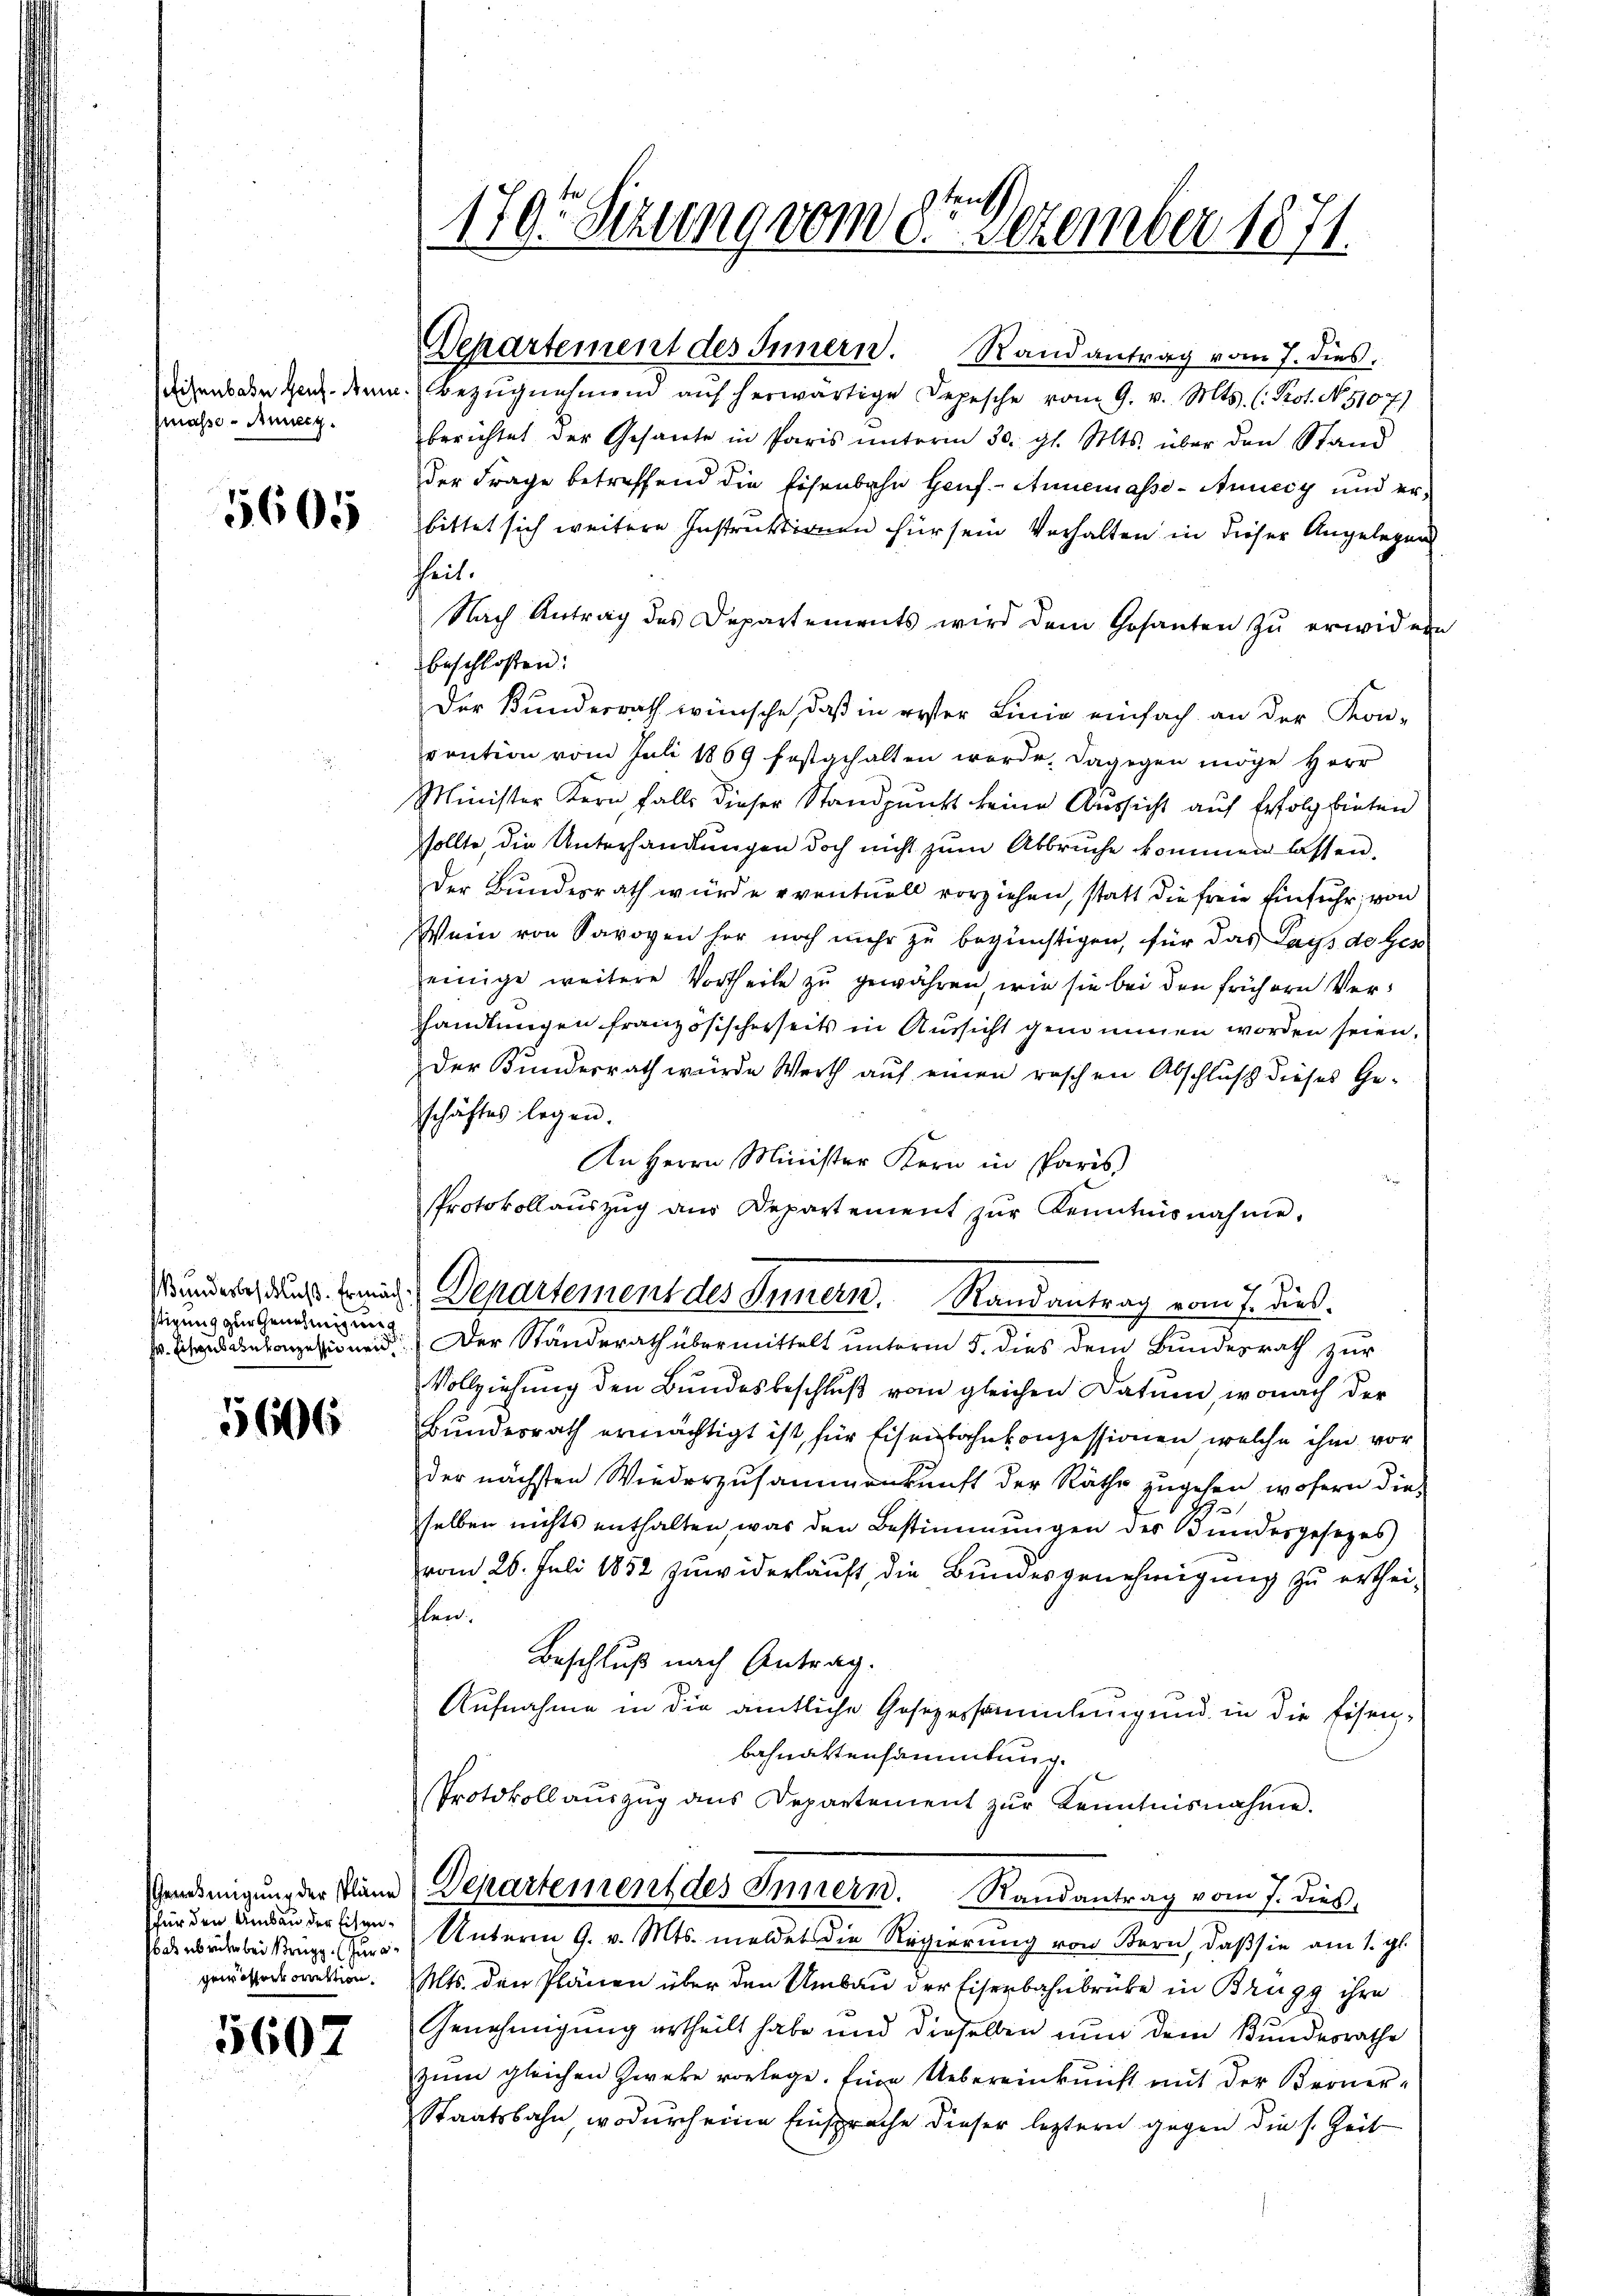
sfisenbahn heut. Arne
(masse - Anneig

5605

Bundesbeschluß. Ermächstigung zur Genehmigung
sr. Eisenbahnkonzessionen

5606

für den Umbau der Eisenbas abrüher bei Krugg. Zuragewählenkorrektion.

5607

170. Sezung vom 8ten Dezember 1871.

Departement des Innern. Randantrag vom 7. dies.

Bezŭgnehmend aŭf herwärtige Depesche vom 9. v. Mts. (Pot. No. 51077)
berichtet der Gesante in Paris unterm 30. gl. Mts. über den Stand
der Frage betreffend die Eisenbahr Genf. - Annemasse - Annedy und erbittet sich weitere Instruktionen für sein Verhalten in dieser Angelegeng
heit.
Nach Antrag des Departements wird dem Gesanten zŭ erwidern
beschloßen:
Der Bundesrath wünsche, daß in erster Linie einfach an der Kon-
vention vom Juli 1869 festgehalten werde, dagegen möge Herr
Minister Kern falls dieser Standpunkt keine Aussicht auf Erfolg bieten
sollte, die Unterhandlungen doch nicht zum Abbruche kommen lassen.
Der Bundesrath würde eventuell vorziehen, statt die freie Einfuhr, von
Wein von Savoyen her noch mehr zu begünstigen, für das Lays de Ges
einige weitere Vortheile zu gewähren, wie sie bei den frühern Verhandlungen französischerseits in Aussicht genommen worden seien.
der Bundesrath würde Werth auf einen raschen Abschluß dieses Ge-
schäftes legen.
An Herrn Minister Kern in Paris
Protokollaŭszŭg ans Departement zŭr Kenntnisnahme,
Departement des Innern. Randantrag vom 7. dieß.
Der Standerath übermittelt unterm 5. dies dem Bundesrath zur
Vollziehung den Bundesbeschlŭβ vom gleichen Datum, wonach der
Bundesrath ermächtigt ist, für Eisenbahnkonzessionen, welche ihm vor
der nächsten Wiederzusammenkunft der Räthe zugehen, wofern die
selben nichts enthalten, was den Bestimmungen des Bundesgesezes
vom 26. Juli 1852 zuwiderlauft, die Bundesgenehmigung zu ertheiflen.
Beschluß nach Antrag.
Aufnahme in die amtliche Gesezessammlung und in die Eisen-
bahnattensammtung.
Protokoll aŭszŭg ans Departement zŭr Kenntnisnahme.
Vendingung der Plane (Departement des Innern. Randantrag vom 7. dieß,
Unterm 9. v. Mts. meldet die Regierung von Bern, daß sie am 1. gl.
Mts. den Plänen über den Umbau der Eisenbahnbrüke in Brugg ihre
Genehmigung ertheilt habe und dieselben nun dem Bundesrathe
zum gleichen Zweke vorlege. Eine Uebereinkunft mit der Broner-
Staatsbahn, wodurch eine Einsprache dieser leztern gegen die s. Zeit